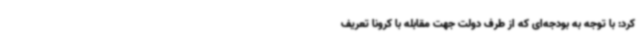
کرد: با توجه به بودجه‌ای که از طرف دولت جهت مقابله با کرونا تعریف